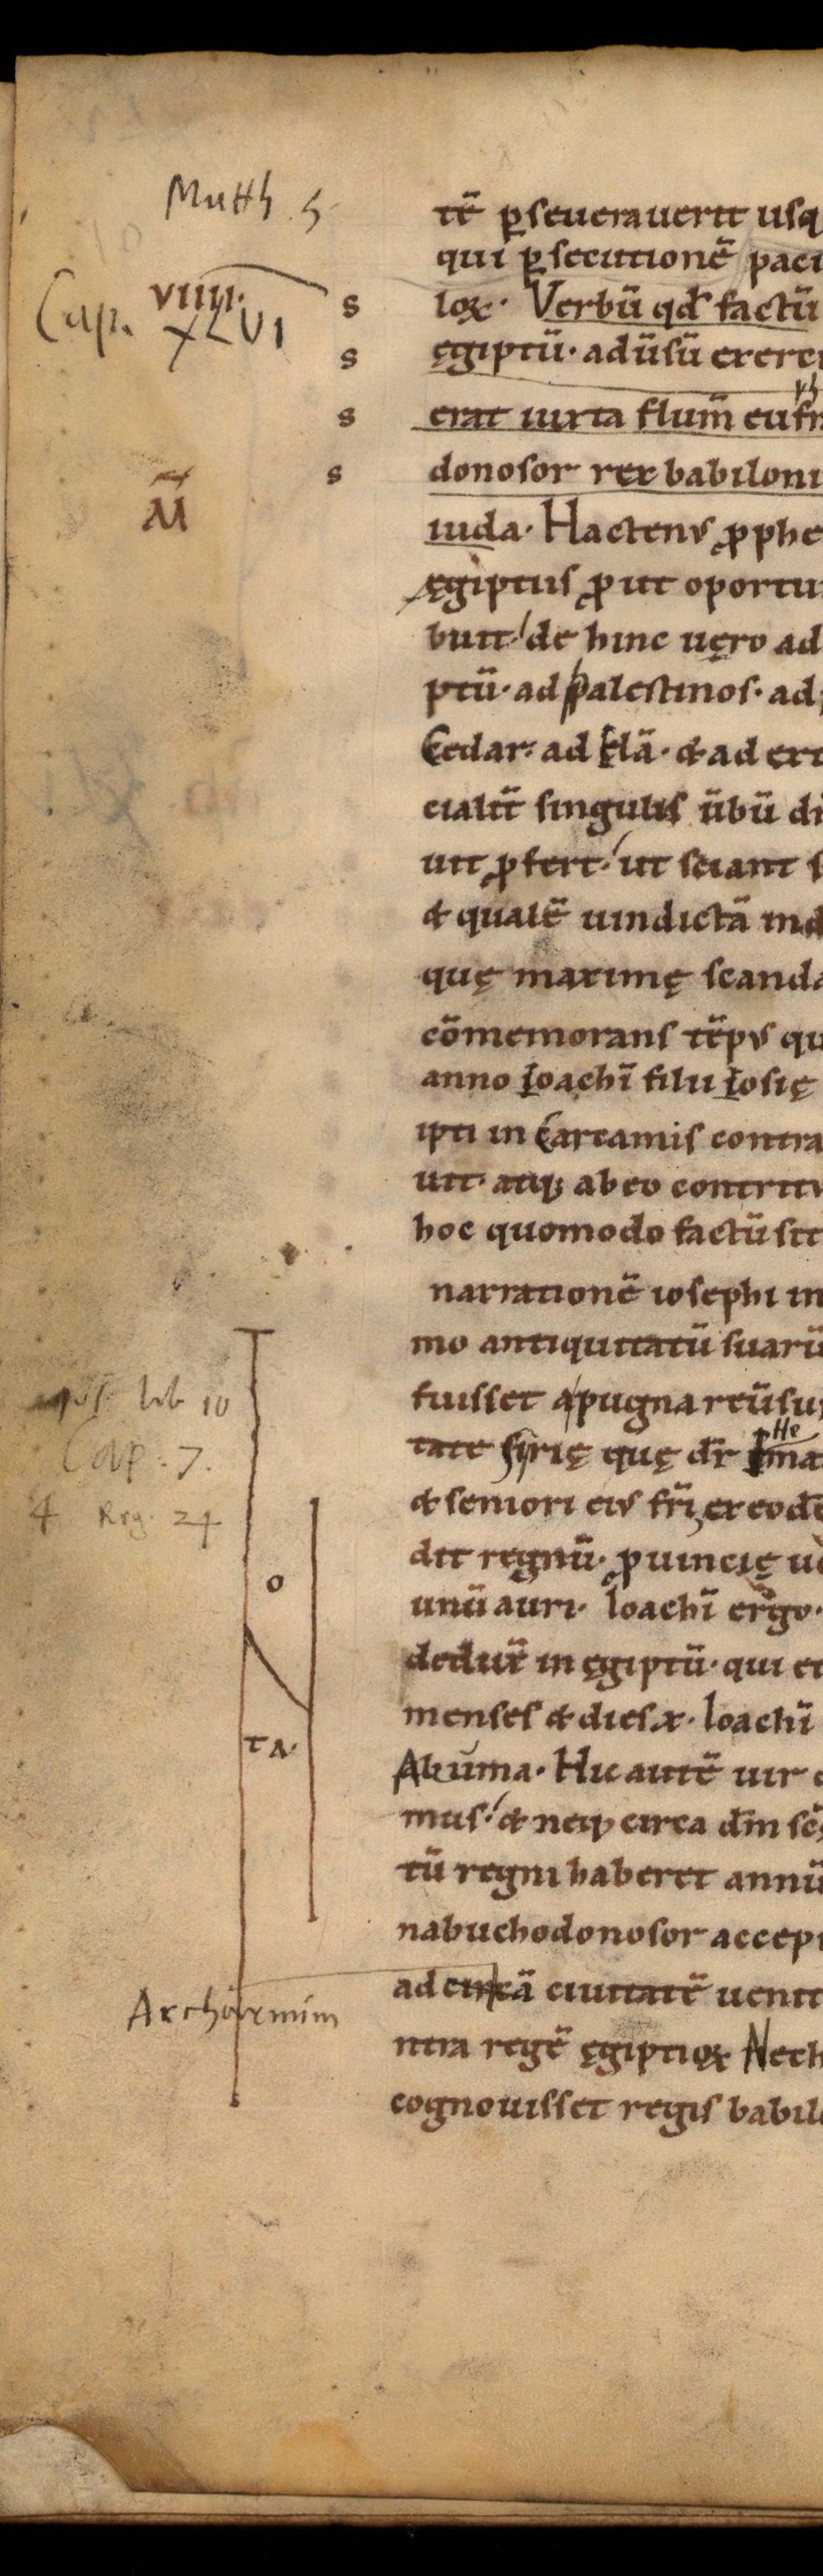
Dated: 1085–1115